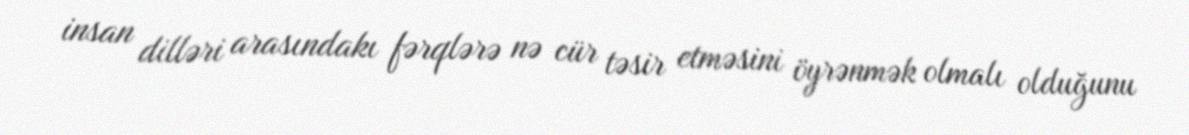
insan dilləri arasındakı fərqlərə nə cür təsir etməsini öyrənmək olmalı olduğunu